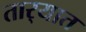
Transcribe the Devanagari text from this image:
तार्‍यात